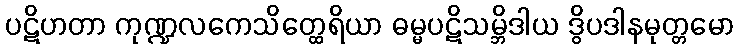
ပဋိဟတာ ကုဏ္ဍလကေသိတ္ထေရိယာ ဓမ္မပဋိသမ္ဘိဒါယ ဒွိပဒါနမုတ္တမော